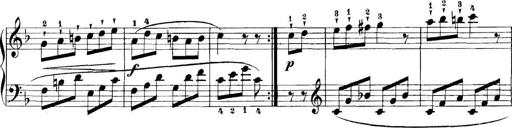
Title: 11 Sonatinas
Composer: Anton Diabelli